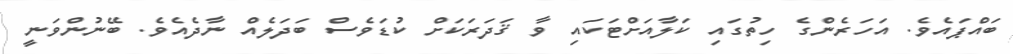
ބައްޕައެވެ. އަހަރެންގެ ހިތުގައި ކަލާއަށްޓަކައި ވާ ޤަދަރަކަށް ކުޑަވެސް ބަދަލެއް ނާދެއެވެ. ބޭނުންވަނީ